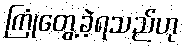
ကြုံတွေ့ခဲ့ရသည်ဟု